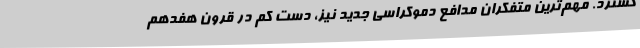
گسترد. مهم‌ترین متفکران مدافع دموکراسی جدید نیز، دست کم در قرون هفدهم